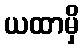
ယထာမှိ